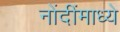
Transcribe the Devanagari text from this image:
नोंदींमाध्ये